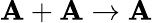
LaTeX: \mathbf{A}+\mathbf{A}\to\mathbf{A}